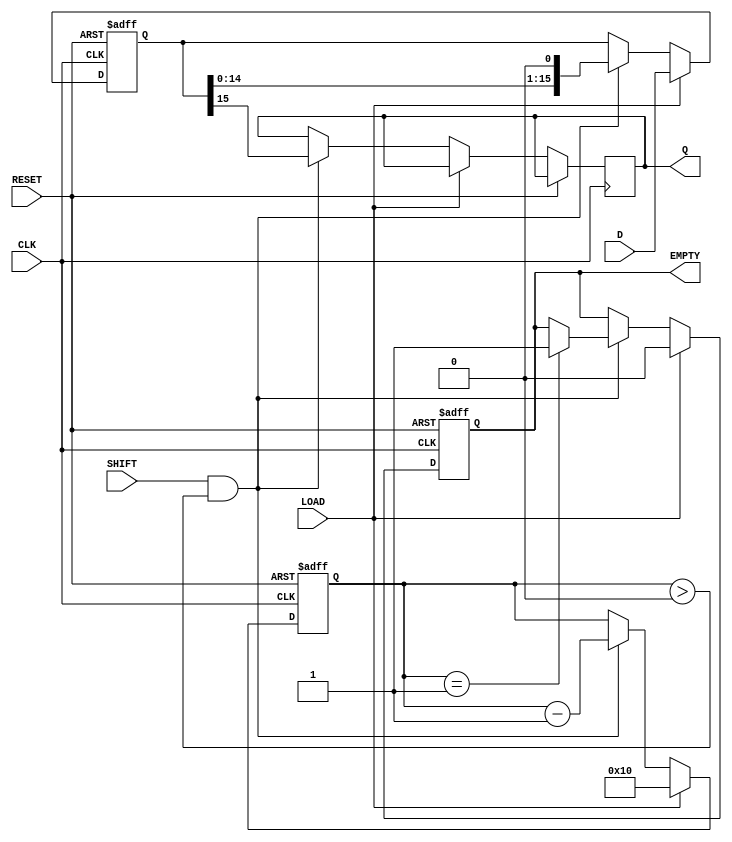
module PISO_Register (
    input wire [15:0] D,      // 16-bit input data bus
    input wire LOAD,          // Control signal to load data
    input wire SHIFT,         // Control signal to shift data
    input wire CLK,           // Clock signal
    input wire RESET,         // Asynchronous reset signal
    output reg Q,             // Serial output
    output reg EMPTY          // Empty flag
);

    reg [15:0] register;      // 16-bit register to hold input data
    reg [4:0] bit_count;      // Counter for shifted bits

    // Asynchronous reset and loading data
    always @(posedge CLK or posedge RESET) begin
        if (RESET) begin
            register <= 16'b0; // Clear the register
            EMPTY <= 1'b1;     // Set EMPTY flag
            bit_count <= 5'b0;  // Reset bit count
        end else if (LOAD) begin
            register <= D;      // Load input data into the register
            EMPTY <= 1'b0;      // Clear EMPTY flag
            bit_count <= 5'd16; // Set bit count to 16
        end else if (SHIFT && bit_count > 0) begin
            Q <= register[15];   // Shift out the MSB
            register <= register << 1; // Shift register left
            bit_count <= bit_count - 1; // Decrement bit count
            if (bit_count == 1) begin
                EMPTY <= 1'b1;   // Set EMPTY flag when all bits are shifted out
            end
        end
    end

endmodule